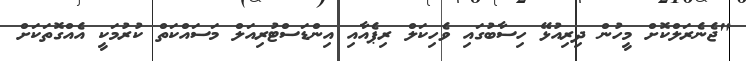
"ޖެނެރަލްކޮށް މީހުން ދިރިއުޅޭ ހިސާބުގައި ވެހިކަލް ރިޕެއާއި އިންޑަސްޓުރިއަލް މަސައްކަތް ކުރުމަކީ އެއްގޮތަކަށް